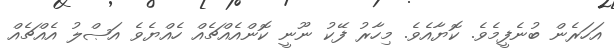
އަހަރެން ބުނެފީމެވެ. ކޮޔާއެވެ. މިހާރު ފޭކު ނޫނީ ކޮންއެއްޗެއް ހެއްޔެވެ އަޞްލު އެއްޗެއް